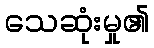
သေဆုံးမှု၏